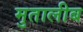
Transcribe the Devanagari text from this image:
मुतालीब